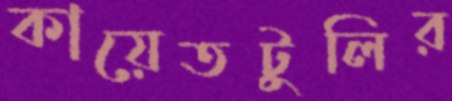
কায়েতটুলির